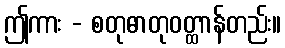
ဤကား - စတုဓာတုဝတ္ထာန်တည်း။